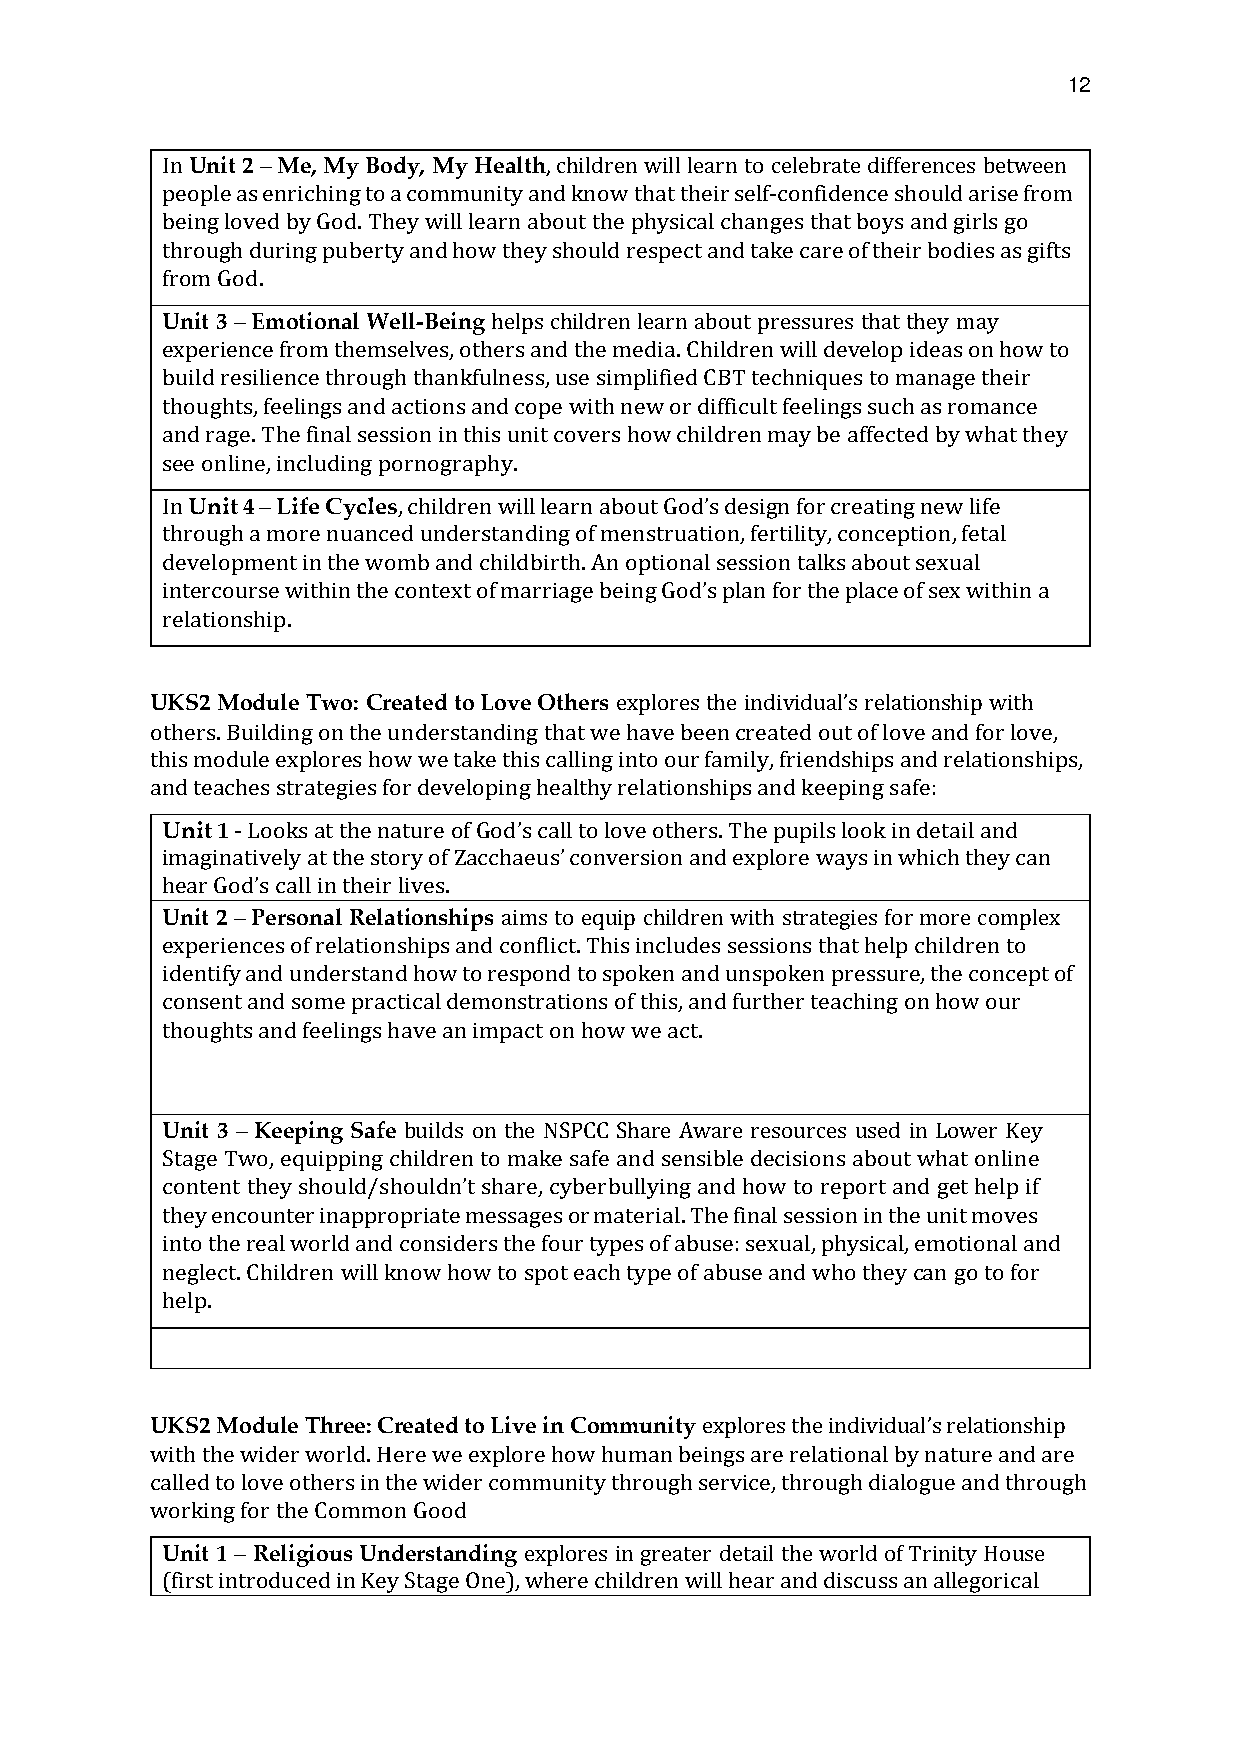
12
 In Unit 2 – Me, My Body, My Health, children will learn to celebrate differences between
 people as enriching to a community and know that their self-confidence should arise from
 being loved by God. They will learn about the physical changes that boys and girls go
 through during puberty and how they should respect and take care of their bodies as gifts
 from God.
 Unit 3 – Emotional Well-Being helps children learn about pressures that they may
 experience from themselves, others and the media. Children will develop ideas on how to
 build resilience through thankfulness, use simplified CBT techniques to manage their
 thoughts, feelings and actions and cope with new or difficult feelings such as romance
 and rage. The final session in this unit covers how children may be affected by what they
 see online, including pornography.
 In Unit 4 – Life Cycles, children will learn about design for creating new life
 through a more nuanced understanding of menstruation, fertility, conception, fetal
 development in the womb and childbirth. An optiGoonda’ls session talks about sexual
 intercourse within the context of marriage being plan for the place of sex within a
 relationship.
 God’s
 UKS2 Module Two: Created to Love Others explores the relationship with
 others. Building on the understanding that we have been created out of love and for love,
 this module explores how we take this calling into our famiilnyd, ifvriideunadls’ships and relationships,
 and teaches strategies for developing healthy relationships and keeping safe:
 Unit 1 - Looks at the nature of call to love others. The pupils look in detail and
 imaginatively at the story of conversion and explore ways in which they can
 in their lives. God’s
 Zacchaeus’
 Unit 2 – Personal Relationships aims to equip children with strategies for more complex
 hear God’s call
 experiences of relationships and conflict. This includes sessions that help children to
 identify and understand how to respond to spoken and unspoken pressure, the concept of
 consent and some practical demonstrations of this, and further teaching on how our
 thoughts and feelings have an impact on how we act.
 Unit 3 – Keeping Safe builds on the NSPCC Share Aware resources used in Lower Key
 Stage Two, equipping children to make safe and sensible decisions about what online
 they encounter inappropriate messages or material. The final session in the unit moves
 cinotnot ethnet rtheaely w shoorludl da/nsdh coounldsind’et rssh tahree ,f ocyubr etyrbpuelsl yoifn agb aunsed: hsoexwu atol, rpehpyosrict aaln, edm goetti ohnelapl aifnd
 neglect. Children will know how to spot each type of abuse and who they can go to for
 help.
 UKS2 Module Three: Created to Live in Community explores the relationship
 with the wider world. Here we explore how human beings are relational by nature and are
 called to love others in the wider community through service, throuingdhi vdiidauloagl’use and through
 working for the Common Good
 Unit 1 – Religious Understanding explores in greater detail the world of Trinity House
 (first introduced in Key Stage One), where children will hear and discuss an allegorical